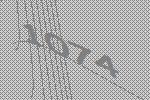
1074